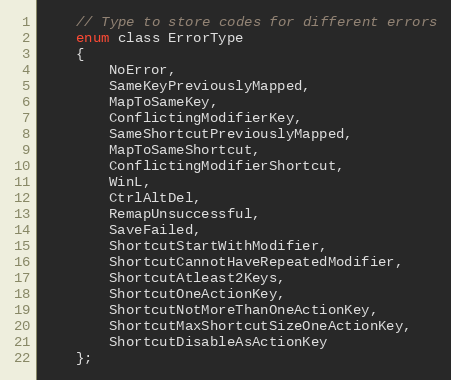
Language: C
    // Type to store codes for different errors
    enum class ErrorType
    {
        NoError,
        SameKeyPreviouslyMapped,
        MapToSameKey,
        ConflictingModifierKey,
        SameShortcutPreviouslyMapped,
        MapToSameShortcut,
        ConflictingModifierShortcut,
        WinL,
        CtrlAltDel,
        RemapUnsuccessful,
        SaveFailed,
        ShortcutStartWithModifier,
        ShortcutCannotHaveRepeatedModifier,
        ShortcutAtleast2Keys,
        ShortcutOneActionKey,
        ShortcutNotMoreThanOneActionKey,
        ShortcutMaxShortcutSizeOneActionKey,
        ShortcutDisableAsActionKey
    };